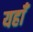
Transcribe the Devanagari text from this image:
यहाँँ